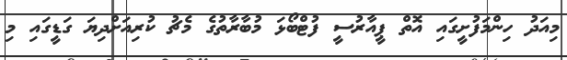
މިއަދު ހިންމަފުށީގައި އޮތް ޕީއާރުސީ ފުޓްބޯޅަ މުބާރާތުގެ މެޗު ކުރިއަށްދިޔަ ގަޑީގައި މި